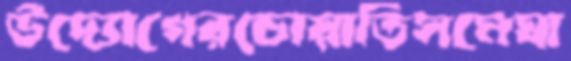
উদ্যোগেরচোয়াতিসমেঘা